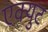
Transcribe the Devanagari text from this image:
एक्युट